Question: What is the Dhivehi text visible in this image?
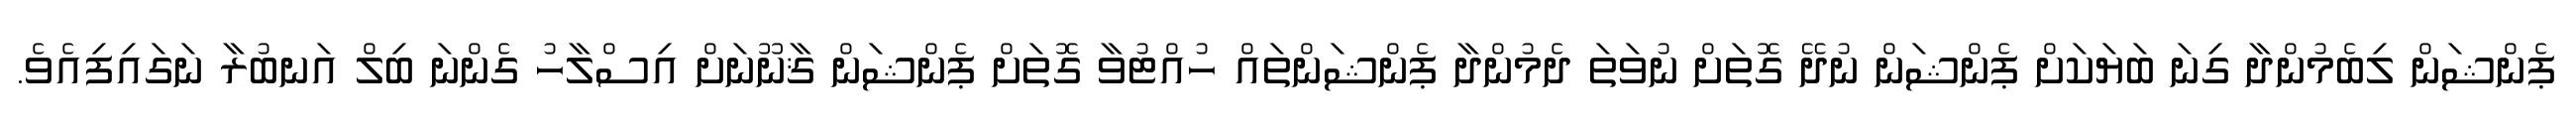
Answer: ޕެންޝަން ލިބެމުންދާ ގިނަ ބަޔަކަށް ޕެންޝަން ނުދޭ ގޮތަށް ނުވަތަ ދެމުންދާ ޕެންޝަންތައް ހުއްޓުވާ ގޮތަށް ޕެންޝަން ޤާނޫނަށް އިސްލާހު ގެންނަ ބިލް އަނބުރާ ނަގައިފިއެވެ.